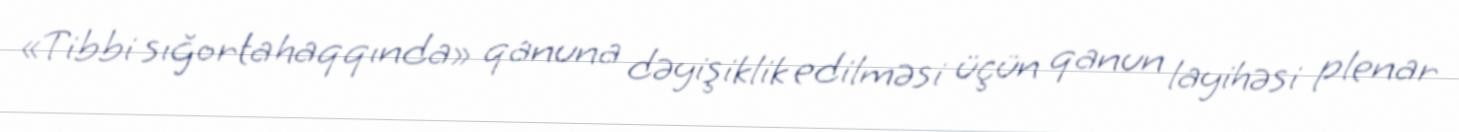
«Tibbi sığorta haqqında» qanuna dəyişiklik edilməsi üçün qanun layihəsi plenar